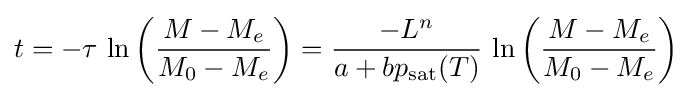
t=-\tau \,\ln \left({\frac {M-M_{e}}{M_{0}-M_{e}}}\right)={\frac {-L^{n}}{a+bp_{\text{sat}}(T)}}\,\ln \left({\frac {M-M_{e}}{M_{0}-M_{e}}}\right)